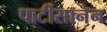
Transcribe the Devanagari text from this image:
पार्टीसानेन